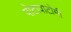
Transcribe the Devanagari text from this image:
पोटावाटोमी